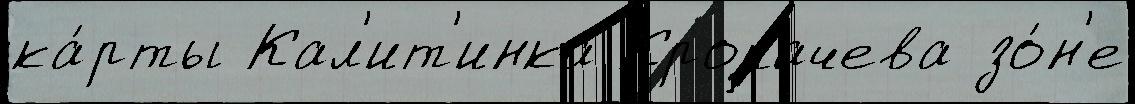
ка́рты Кал'ит'инка Кропачева зо́н'е